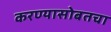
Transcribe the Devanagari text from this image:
करण्यासोबतचा